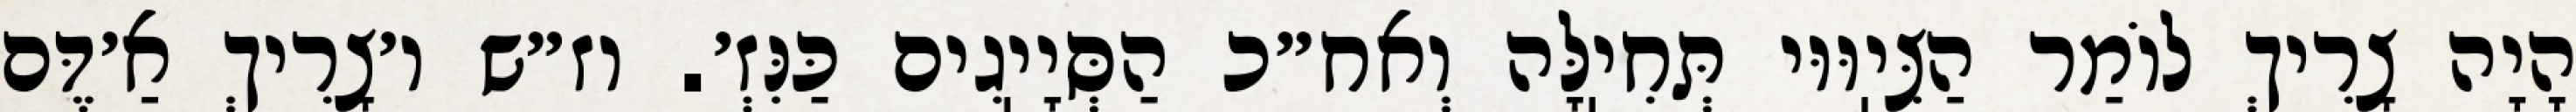
הָיָה צָרִיךְ לוֹמַר הַצִּיֽוּוּי תְּחִיֽלָּה וְאח״כ הַסְּיָיֽגִים כַּנִּזְ׳. וז״ש ו׳צָרִיךְ אַ׳דֶּם